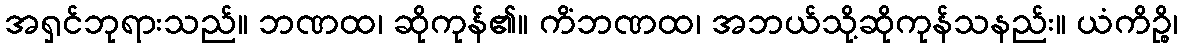
အရှင်ဘုရားသည်။ ဘဏထ၊ ဆိုကုန်၏။ ကိံဘဏထ၊ အဘယ်သို့ဆိုကုန်သနည်း။ ယံကိဉ္စိ၊